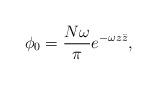
LaTeX: \begin{align*}\phi_0 ={N\omega\over\pi}e^{-\omega z\bar{z}},\end{align*}